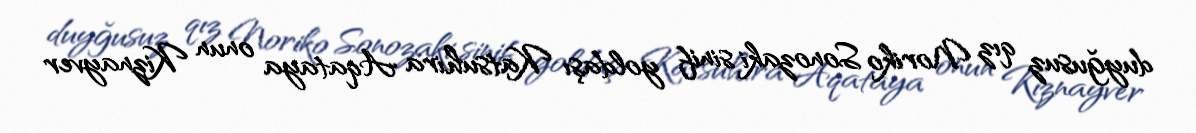
duyğusuz qız Noriko Sonozaki sinif yoldaşı Katsuhira Aqataya onun Kiznayver